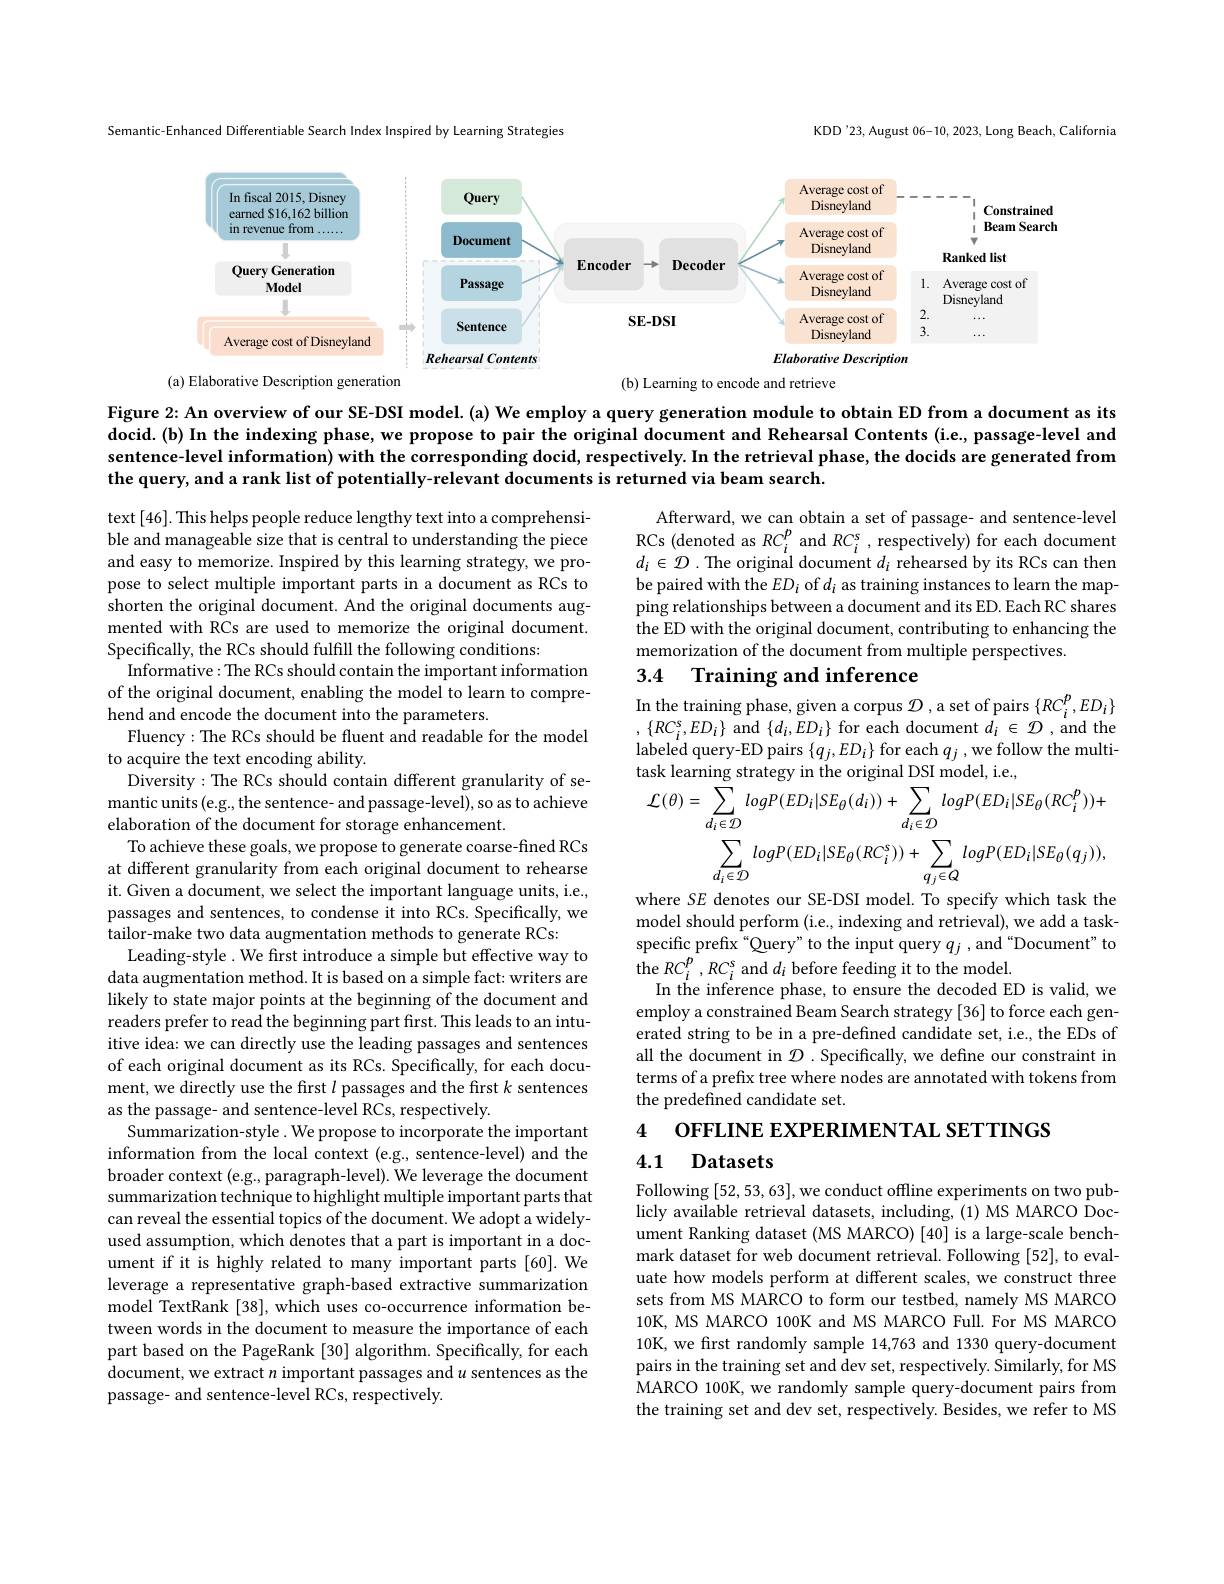
KDD'23, August 06-10, 2023, Long Beach, California

Semantic-Enhanced Differentiable Search Index Inspired by Learning Strategies

<FigureHere>

Figure 2: An overview of our SE-DSI model. (a) We employ a query generation module to obtain ED from a document as its docid. (b) In the indexing phase, we propose to pair the original document and Rehearsal Contents (i.e, passage-level and sentence-level information) with the corresponding docid, respectively. In the retrieval phase, the docids are generated from the query, and a rank list of potentially-relevant documents is returned via beam search.

Afterward, we can obtain a set of passage- and sentence-level RCs (denoted as $RC_i^p$ and $RC_i^s$,respectively) for each document $d_{i}\in\mathcal{D}.$ The original document $d_i$ rehearsed by its RCs can then be paired with the $ED_i$ of $d_i$ as training instances to learn the mapping relationships between a document and its ED. Each RC shares the ED with the original document, contributing to enhancing the memorization of the document from multiple perspectives
3.4 Training and inference

# In the training phase, given a corpus $\mathcal{D}$ , a set of pairs $\{RC_i^p,ED_i\}$

$,\{RC_{i}^{s},ED_{i}\}$ and $\{d_{i},ED_{i}\}$ for each document $d_{i}\in\mathcal{D}$,and the labeled query- ED pairs$\left \{ q_{j}, ED_{i}\right \}$for each $q_{j}$,we follow the multi- task learning strategy in the original DSI model, i. e.
$$\begin{aligned}\mathcal{L}(\theta)&=\sum_{d_{i}\in\mathcal{D}}logP(ED_{i}|SE_{\theta}(d_{i}))+\sum_{d_{i}\in\mathcal{D}}logP(ED_{i}|SE_{\theta}(RC_{i}^{p}))+\\&\sum_{d_{i}\in\mathcal{D}}logP(ED_{i}|SE_{\theta}(RC_{i}^{s}))+\sum_{q_{j}\in Q}logP(ED_{i}|SE_{\theta}(q_{j})),\\\end{aligned}$$
where SE denotes our SE-DSI model. To specify which task the

text [46]. This helps people reduce lengthy text into a comprehensible and manageable size that is central to understanding the piece and easy to memorize. Inspired by this learning strategy, we propose to select multiple important parts in a document as RCs to shorten the original document. And the original documents augmented with RCs are used to memorize the original document. Specifically, the RCs should fulfill the following conditions:
Informative: The RCs should contain the important information of the original document, enabling the model to learn to comprehend and encode the document into the parameters.
Fluency: The RCs should be fluent and readable for the model
to acquire the text encoding ability.
Diversity: The RCs should contain different granularity of semantic units(e.g., the sentence- and passage-level), so as to achieve elaboration of the document for storage enhancement.
To achieve these goals, we propose to generate coarse-fined RCs at different granularity from each original document to rehearse it. Given a document, we select the important language units, i.e., passages and sentences, to condense it into RCs. Specifically, we tailor-make two data augmentation methods to generate RCs:
Leading-style . We frst introduce a simple but effective way to data augmentation method.It is based on a simple fact: writers are likely to state major points at the beginning of the document and readers prefer to read the beginning part first. This leads to an intuitive idea: we can directly use the leading passages and sentences of each original document as its RCs. Specifically, for each document, we directly use the first $l$ passages and the first $k$ sentences as the passage- and sentence-level RCs, respectively.
Summarization-style. We propose to incorporate the important information from the local context (e.g., sentence-level) and the broader context (e.g., paragraph-level). We leverage the document summarization technique to highlight multiple important parts that can reveal the essential topics of the document. We adopt a widelyused assumption, which denotes that a part is important in a document if it is highly related to many important parts [60].We leverage a representative graph-based extractive summarization model TextRank [38], which uses co-occurrence information between words in the document to measure the importance of each part based on the PageRank [30] algorithm. Specifically, for each document, we extract $n$ important passages and $u$ sentences as the passage- and sentence-level RCs, respectively.

model should perform (i.e., indexing and retrieval), we add a taskspecific prefix“Query”to the input query $q_j$ ,and“Document" to the $RC_i^p,RC_i^s$ and $d_i$ before feeding it to the model.
In the inference phase, to ensure the decoded ED is valid, we employ a constrained Beam Search strategy [36] to force each generated string to be in a pre-defined candidate set, i.e., the EDs of all the document in $\mathcal{D}$ .Specifically, we define our constraint in terms of a prefix tree where nodes are annotated with tokens from the predefined candidate set.

OFFLINE EXPERIMENTAL SETTINGS

4

### 4.1 Datasets

Following [52,53,63],we conduct offline experiments on two publicly available retrieval datasets, including, (1) MS MARCO Document Ranking dataset (MS MARCO) [40] is a large-scale benchmark dataset for web document retrieval. Following [52], to evaluate how models perform at different scales, we construct three sets from MS MARCO to form our testbed, namely MS MARCO 10K, MS MARCO 100K and MS MARCO Full. For MS MARCO 10K, we frst randomly sample 14,763 and 1330 query-document pairs in the training set and dev set, respectively. Similarly, for MS MARCO 100K, we randomly sample query-document pairs from the training set and dev set, respectively. Besides, we refer to MS